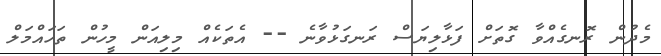
މެދުން ރޮނގެއްވާ ގޮތަށް ފަޅާލިޔަސް ރަނގަޅުވާނެ -- އެތަކެއް މިލިއަން މީހުން ތަހައްމަލް